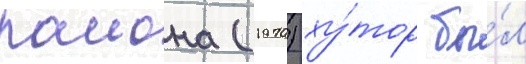
раиона (1970) ху́тор бы́л